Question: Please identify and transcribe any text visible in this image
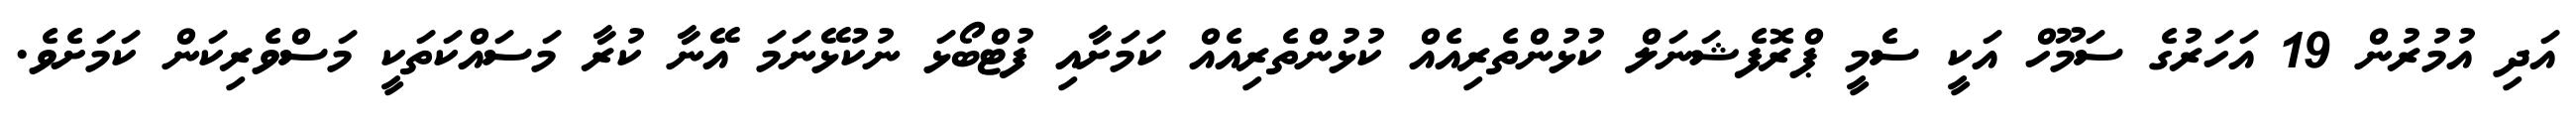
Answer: އަދި އުމުރުން 19 އަހަރުގެ ސަމޫހް އަކީ ސެމީ ޕްރޮފެޝަނަލް ކުޅުންތެރިއެއް ކުޅުންތެރިއެއް ކަމަށާއި ފުޓްބޯޅަ ނުކުޅޭނަމަ އޭނާ ކުރާ މަސައްކަތަކީ މަސްވެރިކަން ކަމަށެވެ.